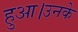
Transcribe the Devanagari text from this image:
हुआ।उनके